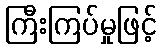
ကြီးကြပ်မှုဖြင့်